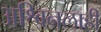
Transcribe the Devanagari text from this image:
अश्विनलाही